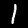
Label: 1